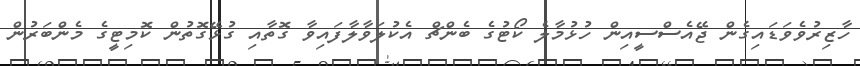
ހާޒިރުވެވަޑައިގެން ޖޭއެސްސީއިން ހުޅުމާލެ ކޯޓުގެ ބެންޗް އެކުލަވާލާފައިވާ ގޮތާއި ގުޅޭގޮތުން ކޮމިޓީގެ މެންބަރުން